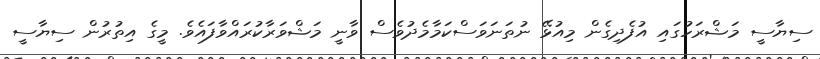
ސިޔާސީ މަޝްރަހުގައި އުފެދިގެން މިއުޅޭ ނުތަނަވަސްކަމާމެދުވެސް ވާނީ މަޝްވަރާކުރައްވާފައެވެ. މީގެ އިތުރުން ސިޔާސީ